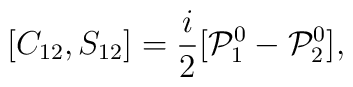
[C_{12},S_{12}] = \frac{i}{2}[{\cal P}^0_1 - {\cal P}^0_2],